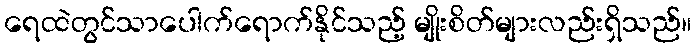
ရေထဲတွင်သာပေါက်ရောက်နိုင်သည့် မျိုးစိတ်များလည်းရှိသည်။